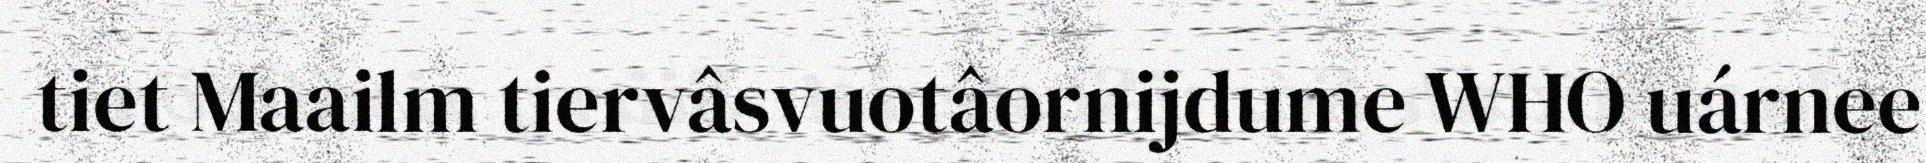
tiet Maailm tiervâsvuotâornijdume WHO uárnee